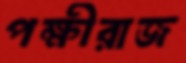
পক্ষীরাজ